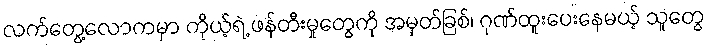
လက်တွေ့လောကမှာ ကိုယ့်ရဲ့ ဖန်တီးမှုတွေကို အမှတ်ခြစ်၊ ဂုဏ်ထူးပေးနေမယ့် သူတွေ